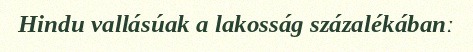
Hindu vallásúak a lakosság százalékábanː